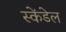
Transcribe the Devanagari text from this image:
स्केंडेल